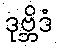
ဒုဗ္ဘိဒံ